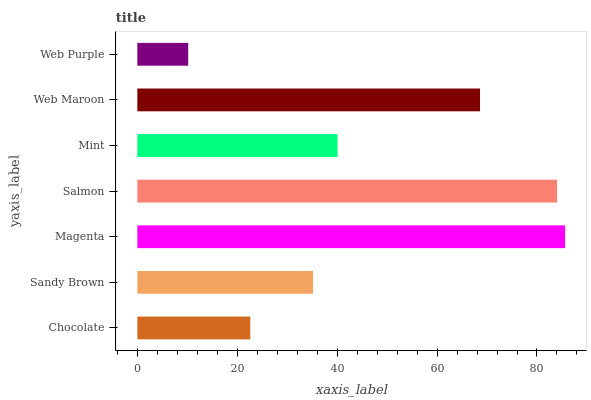
| yaxis_label | bars |
 | --- | --- |
 | Chocolate | 22.6 |
 | Sandy Brown | 35.2 |
 | Magenta | 85.6 |
 | Salmon | 84 |
 | Mint | 40.1 |
 | Web Maroon | 68.6 |
 | Web Purple | 10.2 |